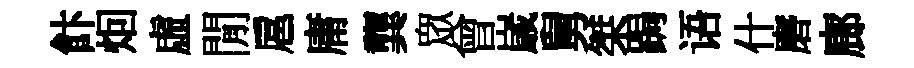
飰𤇆虛閒扈庸龔衆曾𡻕舅桀跼语什磨廊